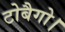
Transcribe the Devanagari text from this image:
टोबैगो।